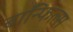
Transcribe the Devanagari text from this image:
बाॅन्फिल्स